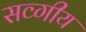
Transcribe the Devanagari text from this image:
सव्गीय